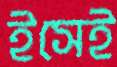
ইসেই